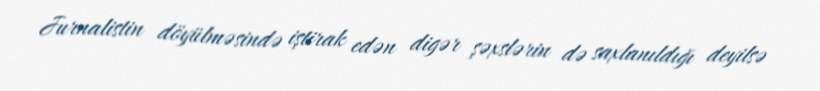
Jurnalistin döyülməsində iştirak edən digər şəxslərin də saxlanıldığı deyilsə